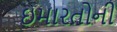
ઇમારતોની